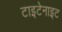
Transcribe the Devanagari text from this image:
टाइटेनाइट